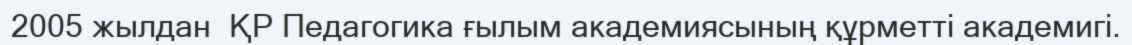
2005 жылдан  ҚР Педагогика ғылым академиясының құрметті академигі.